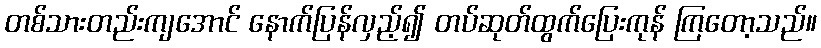
တစ်သားတည်းကျအောင် နောက်ပြန်လှည့်၍ တပ်ဆုတ်ထွက်ပြေးကုန် ကြတော့သည်။